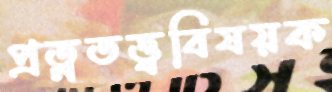
প্রত্নতত্ত্ববিষয়ক